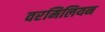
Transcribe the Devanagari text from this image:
वरमिलियन